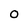
Character: O